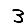
Digit: 3